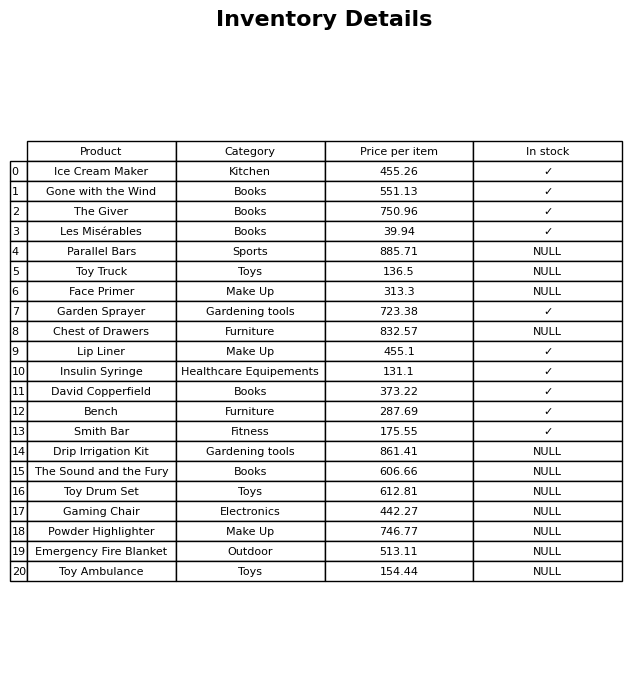
question: What category does the Ice Cream Maker belong to?
answer: Kitchen